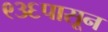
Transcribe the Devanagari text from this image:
९३६पासून